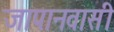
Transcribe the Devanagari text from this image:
जापानवासी